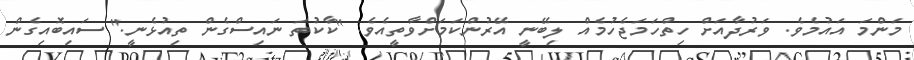
މަންމަ އައުމެވެ. ވަރުދާއަށް ހިތްހަމަޖެހުމެއް ލިބޭނީ އޭރުންކަމަށްވާތީއެވެ. "ކާކުތަ ނައިސްގެން ތިއުޅެނީ." ސައިބޮއިގެން